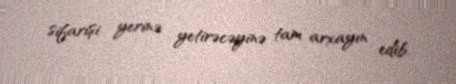
sifarişi yerinə yetirəcəyinə tam arxayın edib.